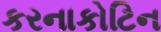
કરનાકોટિન